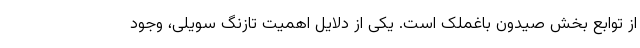
از توابع بخش صیدون باغملک است. یکی از دلایل اهمیت تازنگ سویلی، وجود